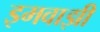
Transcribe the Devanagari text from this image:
इमवाझी